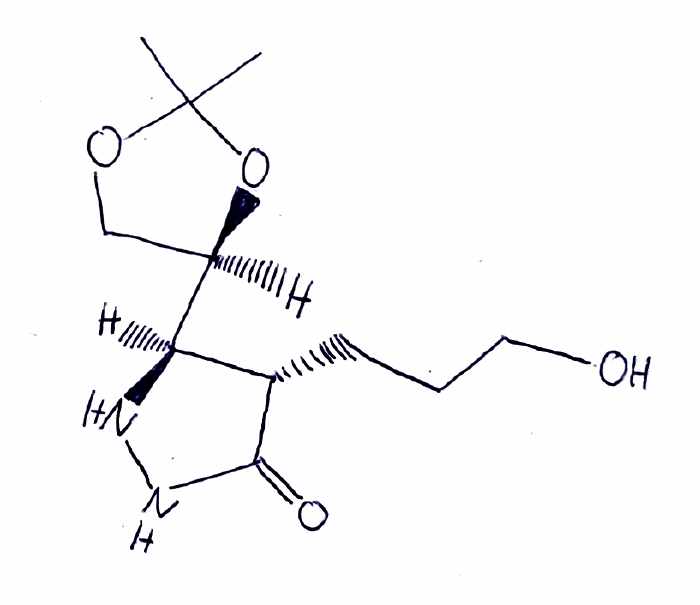
Simplified molecular-input line-entry system (SMILES) notation of the given molecule:
CC1(OC[C@@H](O1)[C@H]2[C@@H](C(=O)NN2)CCCO)C